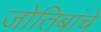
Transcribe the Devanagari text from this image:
जोतिबांचे